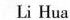
Li Hua